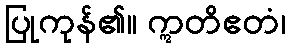
ပြုကုန်၏။ ဣတိဧတံ၊